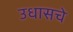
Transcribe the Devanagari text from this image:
उधासचे